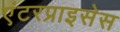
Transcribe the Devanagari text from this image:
एंटरप्राइसेस